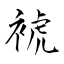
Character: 裭